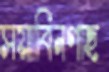
সয়াবিনগাছ